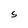
Character: S